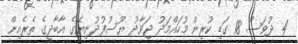
4 ދުވަސް 18 ގަޑި ކުރިން މުހައްމަދު ޖަވާދު ޔޫސުފުދުނިޔޭގެ އާބާދީގެ ތެރެއިން